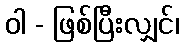
ဝါ - ဖြစ်ပြီးလျှင်၊